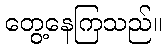
တွေ့နေကြသည်။